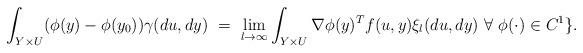
LaTeX: \begin{align*}\int_{Y\times U}(\phi(y)-\phi(y_0))\gamma(du,dy) \ =\ \lim_{l\rightarrow\infty}\int_{Y\times U}\nabla \phi(y)^Tf(u,y)\xi_l(du,dy) \ \forall\ \phi(\cdot)\in C^1\}.\end{align*}